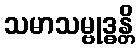
သမာသမ္ဗုဒ္ဓန္တိ